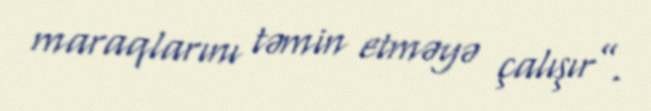
maraqlarını təmin etməyə çalışır”.